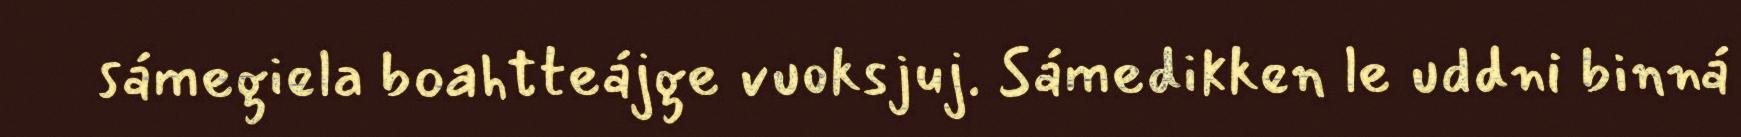
sámegiela boahtteájge vuoksjuj. Sámedikken le uddni binná